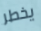
يخطر